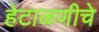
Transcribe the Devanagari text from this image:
हेटाळणीचे